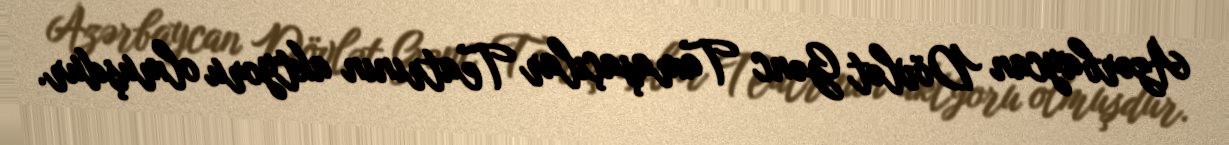
Azərbaycan Dövlət Gənc Tamaşaçılar Teatrının aktyoru olmuşdur.